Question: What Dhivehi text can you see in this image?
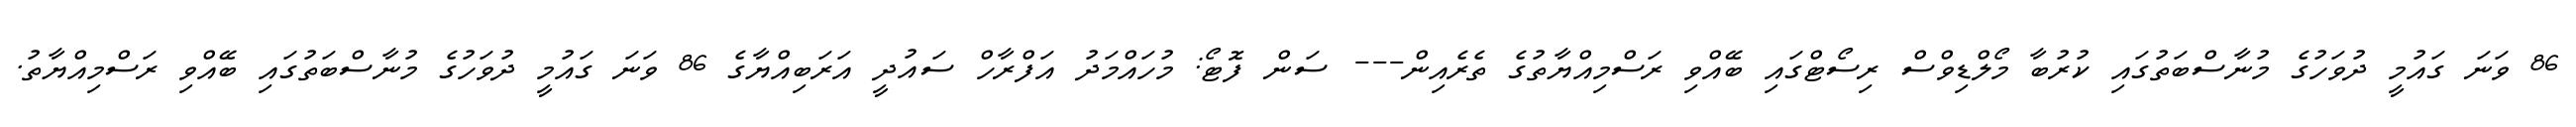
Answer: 86 ވަނަ ގައުމީ ދުވަހުގެ މުނާސްބަތުގައި ކުރުބާ މޯލްޑިވްސް ރިސޯޓްގައި ބޭއްވި ރަސްމިއްޔާތުގެ ތެރެއިން--- ސަން ފޮޓޯ: މުހައްމަދު އަފްރާހް ސައުދީ އަރަބިއްޔާގެ 86 ވަނަ ގައުމީ ދުވަހުގެ މުނާސްބަތުގައި ބޭއްވި ރަސްމިއްޔާތު.